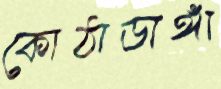
কোঠাডাঙ্গা